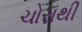
ચોરાથી